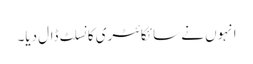
انہوں‌ نے سائکائٹری کانسلٹ ڈال دیا۔